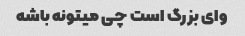
وای بزرگ است چی میتونه باشه